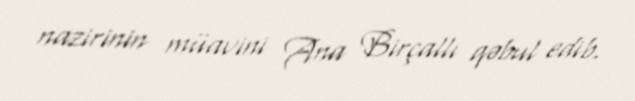
nazirinin müavini Ana Birçallı qəbul edib.